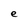
Character: e